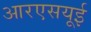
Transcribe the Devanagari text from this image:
आरएसयूई